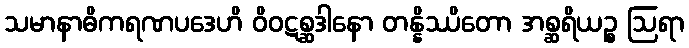
သမာနာဓိကရဏပဒေဟိ ဝိဝဋစ္ဆဒါနော တန္နိဿိတော အစ္ဆရိယဉ္စ ဩရာ